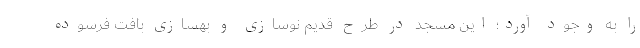
را به وجود آورد؛ این مسجد در طرح قدیم نوسازی و بهسازی بافت فرسوده